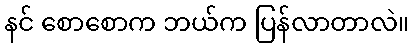
နင် စောစောက ဘယ်က ပြန်လာတာလဲ။